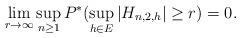
LaTeX: \begin{align*}\lim_{r \rightarrow \infty} \sup_{n \ge 1}P^{*}( \sup_{h \in E}|H_{n,2,h}| \ge r) =0. \end{align*}